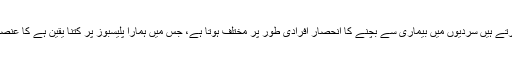
اس کے بجائے کہ ہم وٹامن سی کا کتنا ذخیرہ جمع کرتے ہیں سردیوں میں بیماری سے بچنے کا انحصار افرادی طور پر مختلف ہوتا ہے، جس میں ہمارا پلیسبوز پر کتنا یقین ہے کا عنصر بھی شامل ہے، لیکن اس کی وجہ ہمارے جینز ہیں۔